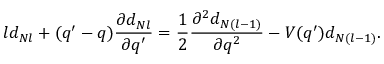
l d _ { N l } + ( q ^ { \prime } - q ) \frac { \partial d _ { N l } } { \partial q ^ { \prime } } = \frac { 1 } { 2 } \frac { \partial ^ { 2 } d _ { N ( l - 1 ) } } { \partial q ^ { 2 } } - V ( q ^ { \prime } ) d _ { N ( l - 1 ) } .